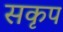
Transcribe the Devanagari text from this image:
सकृप